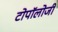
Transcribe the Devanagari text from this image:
टोपॉलोजी